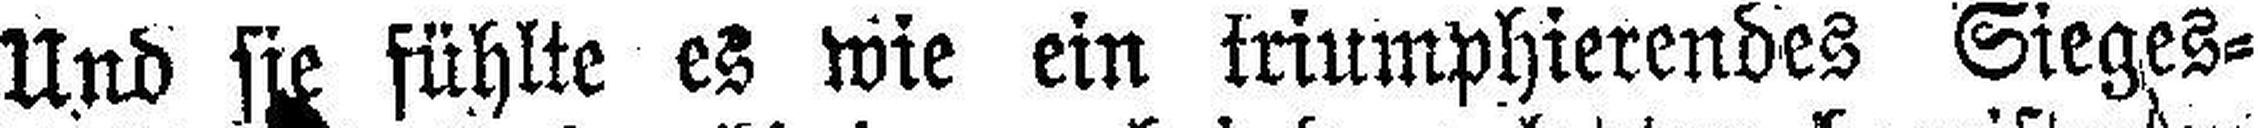
Und sie fühlte es wie ein triumphierendes Sieges¬